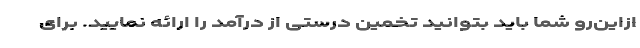
ازاین‌رو شما باید بتوانید تخمین درستی از درآمد را ارائه نمایید. برای